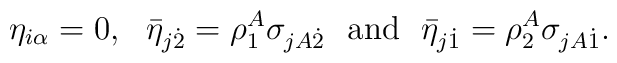
\eta_{i\alpha}=0,~~\bar{\eta}_{j\dot{2}}=\rho^A_1 \sigma_{jA\dot{2}}~~\mbox{and}~~\bar{\eta}_{j\dot{1}} = \rho^A_2 \sigma_{jA\dot{1}}.